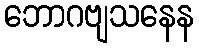
ဘောဂဗျသနေန